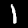
Label: 1